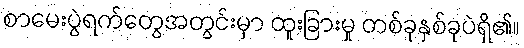
စာမေးပွဲရက်တွေအတွင်းမှာ ထူးခြားမှု တစ်ခုနှစ်ခုပဲရှိ၏။